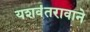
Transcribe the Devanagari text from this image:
यशवंतरावाने